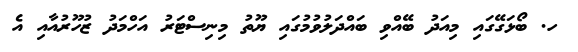
ހ. ބޯޅަގޭގައި މިއަދު ބޭއްވި ބައްދަލުވުމުގައި ޔޫތު މިނިސްޓަރު އަހްމަދު ޒުހޫރުއާއި އެ